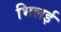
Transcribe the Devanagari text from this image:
भिलई